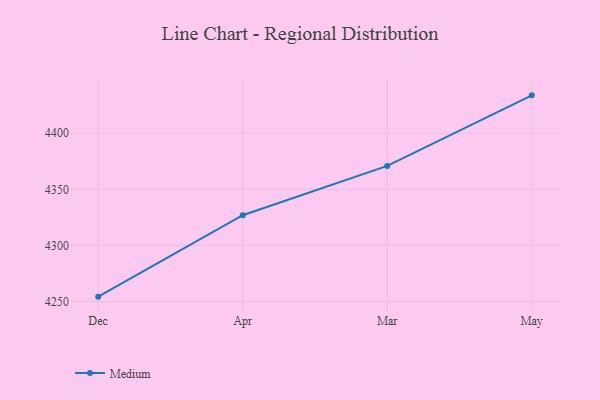
{"axis": {"x": "Month", "y": "Conversion Rate (%)"}, "legend": ["Medium"], "data": [{"x": "Dec", "y": 4254.3, "type": "Medium"}, {"x": "Apr", "y": 4326.9, "type": "Medium"}, {"x": "Mar", "y": 4370.9, "type": "Medium"}, {"x": "May", "y": 4433.8, "type": "Medium"}]}